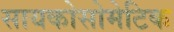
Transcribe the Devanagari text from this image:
सायकोसोमेटिक